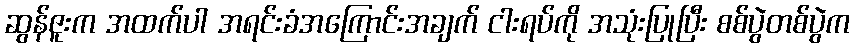
ဆွန်ဇူးက အထက်ပါ အရင်းခံအကြောင်းအချက် ငါးရပ်ကို အသုံးပြုပြီး စစ်ပွဲတစ်ပွဲက